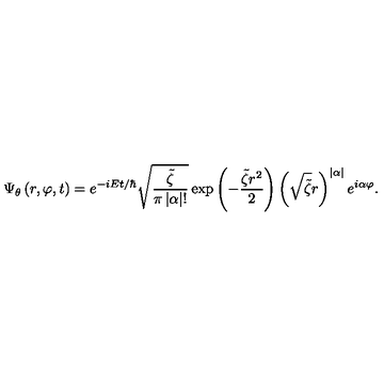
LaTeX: \Psi _ { \theta } \left( r , \varphi , t \right) = e ^ { - i E t / \hbar } \sqrt { \frac { \tilde { \zeta } } { \pi \left| \alpha \right| ! } } \exp \left( - \frac { \tilde { \zeta } r ^ { 2 } } { 2 } \right) \left( \sqrt { \tilde { \zeta } } r \right) ^ { \left| \alpha \right| } e ^ { i \alpha \varphi } .